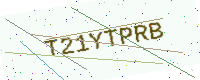
Text: T21YTPRB